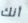
أنك